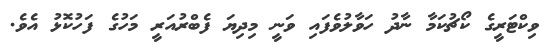
ވިކްޓަރީގެ ކޯޗުކަމާ ނާދު ހަވާލުވެފައި ވަނީ މިދިޔަ ފެބްރުއަރީ މަހުގެ ފަހުކޮޅު އެވެ.